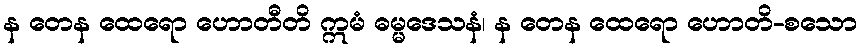
န တေန ထေရော ဟောတီတိ ဣမံ ဓမ္မဒေသနံ၊ န တေန ထေရော ဟောတိ-စသော